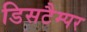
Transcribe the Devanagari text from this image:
डिसटैम्पर